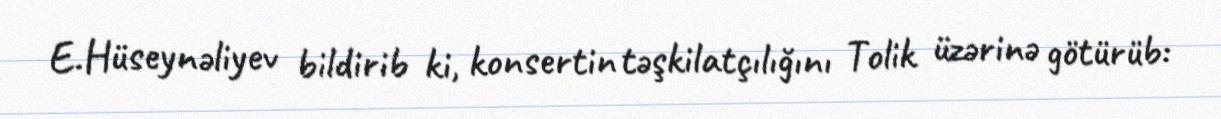
E.Hüseynəliyev bildirib ki, konsertin təşkilatçılığını Tolik üzərinə götürüb: